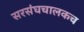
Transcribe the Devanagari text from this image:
सरसंघचालकच